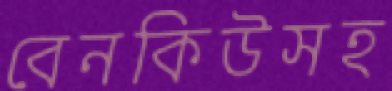
বেনকিউসহ